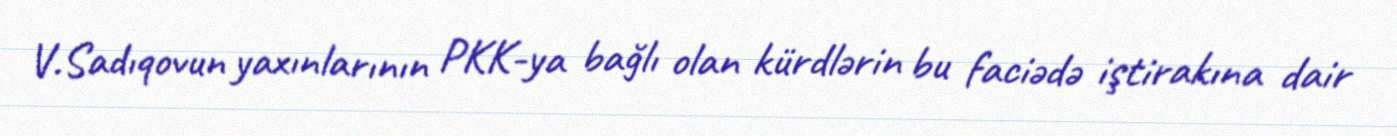
V.Sadıqovun yaxınlarının PKK-ya bağlı olan kürdlərin bu faciədə iştirakına dair